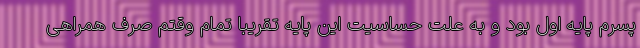
پسرم پایه اول بود و به علت حساسیت این پایه تقریبا تمام وقتم صرف همراهی